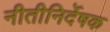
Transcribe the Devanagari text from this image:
नीतीनिर्देषक